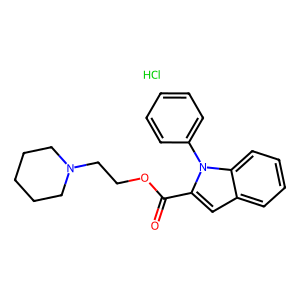
SMILES: Cl.O=C(OCCN1CCCCC1)c1cc2ccccc2n1-c1ccccc1
Inhibits HIV replication: No